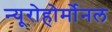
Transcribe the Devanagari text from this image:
न्यूरोहोर्मोनल